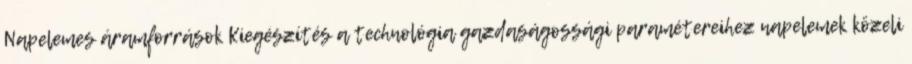
Napelemes áramforrások Kiegészítés a technológia gazdaságossági paramétereihez napelemek közeli